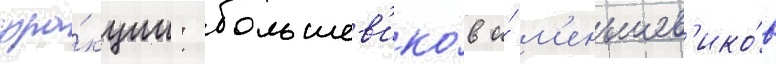
фра́кции: большев'ико́в и́ м'еньшев'ико́в